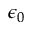
\epsilon _ { 0 }